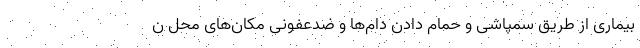
بیماری از طریق سمپاشی و حمام دادن دام‌ها و ضدعفونی مکان‌های محل ن